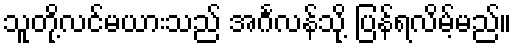
သူတို့လင်မယားသည် အင်္ဂလန်သို့ ပြန်ရလိမ့်မည်။